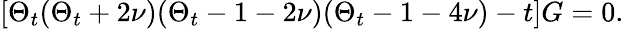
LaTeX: \left[\Theta_{t}(\Theta_{t}+2\nu)(\Theta_{t}-1-2\nu)(\Theta_{t}-1-4\nu)-t\right]G=0.